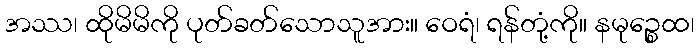
အဿ၊ ထိုမိမိကို ပုတ်ခတ်သောသူအား။ ဝေရံ၊ ရန်တုံ့ကို။ နမုဉ္စေထ၊